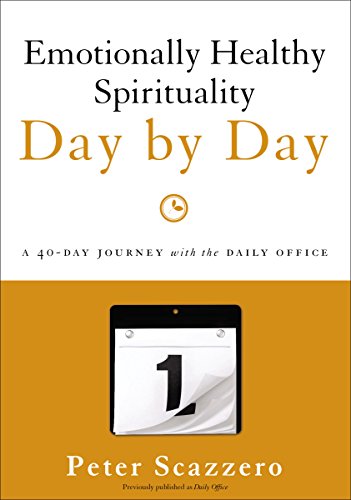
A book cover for Emotionally Healthy Spirituality Day by Day: A 40-Day Journey with the Daily Office; Peter Scazzero; Christian Books & Bibles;